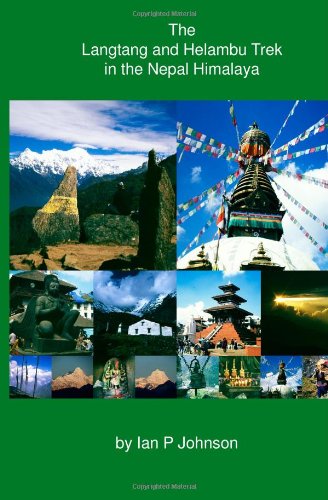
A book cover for The Langtang and Helambu Trek in the Nepal Himalaya; Ian P Johnson; Travel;